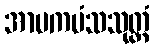
အာမကမံသသုတ္တံ